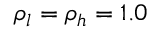
\rho _ { l } = \rho _ { h } = 1 . 0